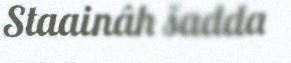
Staainâh šadda